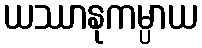
ယဿာနုကမ္ပာယ